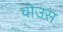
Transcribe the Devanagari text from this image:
वोउस